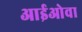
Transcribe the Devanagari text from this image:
आईओवा